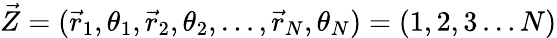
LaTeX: \vec{Z}=(\vec{r}_{1},\theta_{1},\vec{r}_{2},\theta_{2},\ldots,\vec{r}_{N},\theta_{N})=(1,2,3\ldots N)